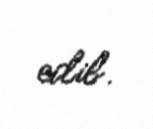
edib.